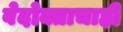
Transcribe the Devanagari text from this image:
वेदोक्ताचाही